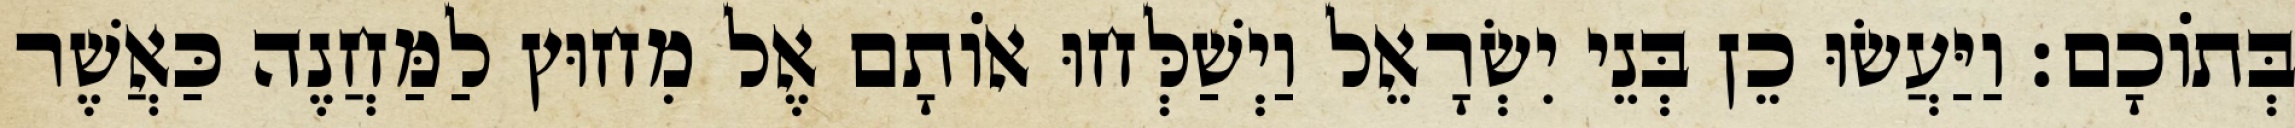
בְּתוֹכָם׃ וַיַּעֲשׂוּ כֵן בְּנֵי יִשְׂרָאֵל וַיְשַׁלְּחוּ אוֹתָם אֶל מִחוּץ לַמַּחֲנֶה כַּאֲשֶׁר